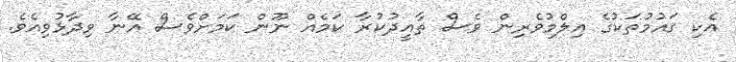
އެކި ގައުމުތަކުގެ އިލްމުވެރިން ވެސް ތާއީދުކުރާ ކަމެއް ނޫން ކަމަށްވެސް އޭނާ ވިދާޅުވިއެވެ.